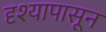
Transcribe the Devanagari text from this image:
दृश्यापासून